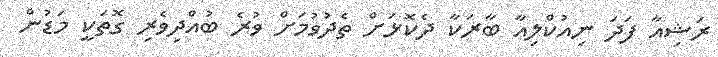
ރަޝިއާ ފަދަ ނިއުކްލިއާ ބާރަކާ ދެކޮޅަށް ތެދުވުމަށް ވުރެ ބުއްދިވެރި ގޮތަކީ މަޑުން